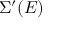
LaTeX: \Sigma ^ { \prime } ( E )